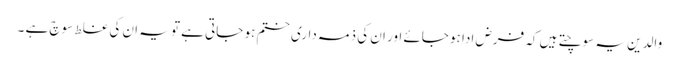
والدین یہ سوچتے ہیں کہ فرض ادا ہو جائے اور ان کی ذمہ داری ختم ہو جاتی ہے تو یہ ان کی غلط سوچ ہے ۔